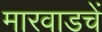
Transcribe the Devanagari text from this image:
मारवाडचें